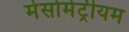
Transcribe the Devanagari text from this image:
मेसोमेट्रीयम